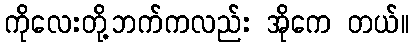
ကိုလေးတို့ဘက်ကလည်း အိုကေ တယ်။